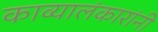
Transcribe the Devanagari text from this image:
काव्यालंकारांनी